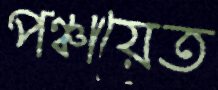
পঞ্চায়েত